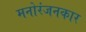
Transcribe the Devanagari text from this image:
मनोरंजनकार